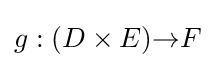
g:(D\times E){\to }F